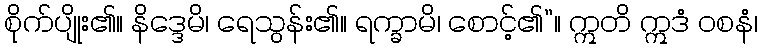
စိုက်ပျိုး၏။ နိဒ္ဒေမိ၊ ရေသွန်း၏။ ရက္ခာမိ၊ စောင့်၏”။ ဣတိ ဣဒံ ဝစနံ၊